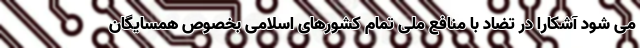
می شود آشکارا در تضاد با منافع ملی تمام کشورهای اسلامی بخصوص همسایگان